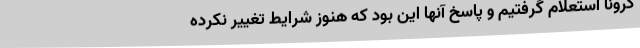
کرونا استعلام گرفتیم و پاسخ آنها این بود که هنوز شرایط تغییر نکرده